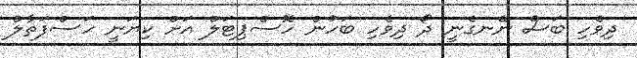
ދިވެހި ބަސް ނޭނގެނީ ދޯ ދިވެހި ބަހުން ހޮސްޕިޓަލް އަށް ކިޔަނީ ހަސްފަތާލް